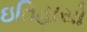
ઇતિહાસો